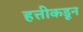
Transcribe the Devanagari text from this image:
हत्तीकडून